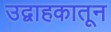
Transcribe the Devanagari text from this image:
उद्वाहकातून